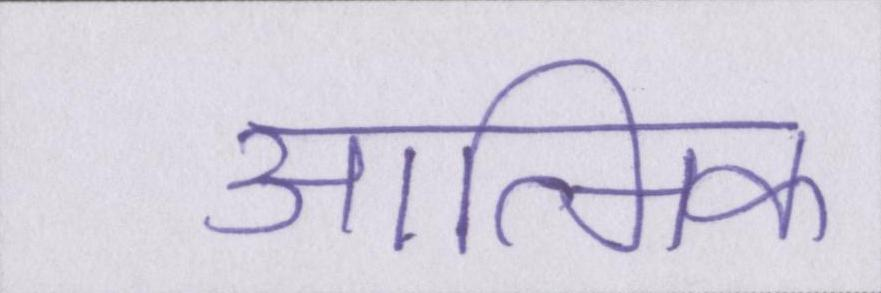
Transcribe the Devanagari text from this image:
आत्मिक